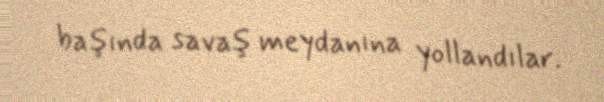
başında savaş meydanına yollandılar.